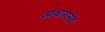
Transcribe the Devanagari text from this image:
आधारानेच